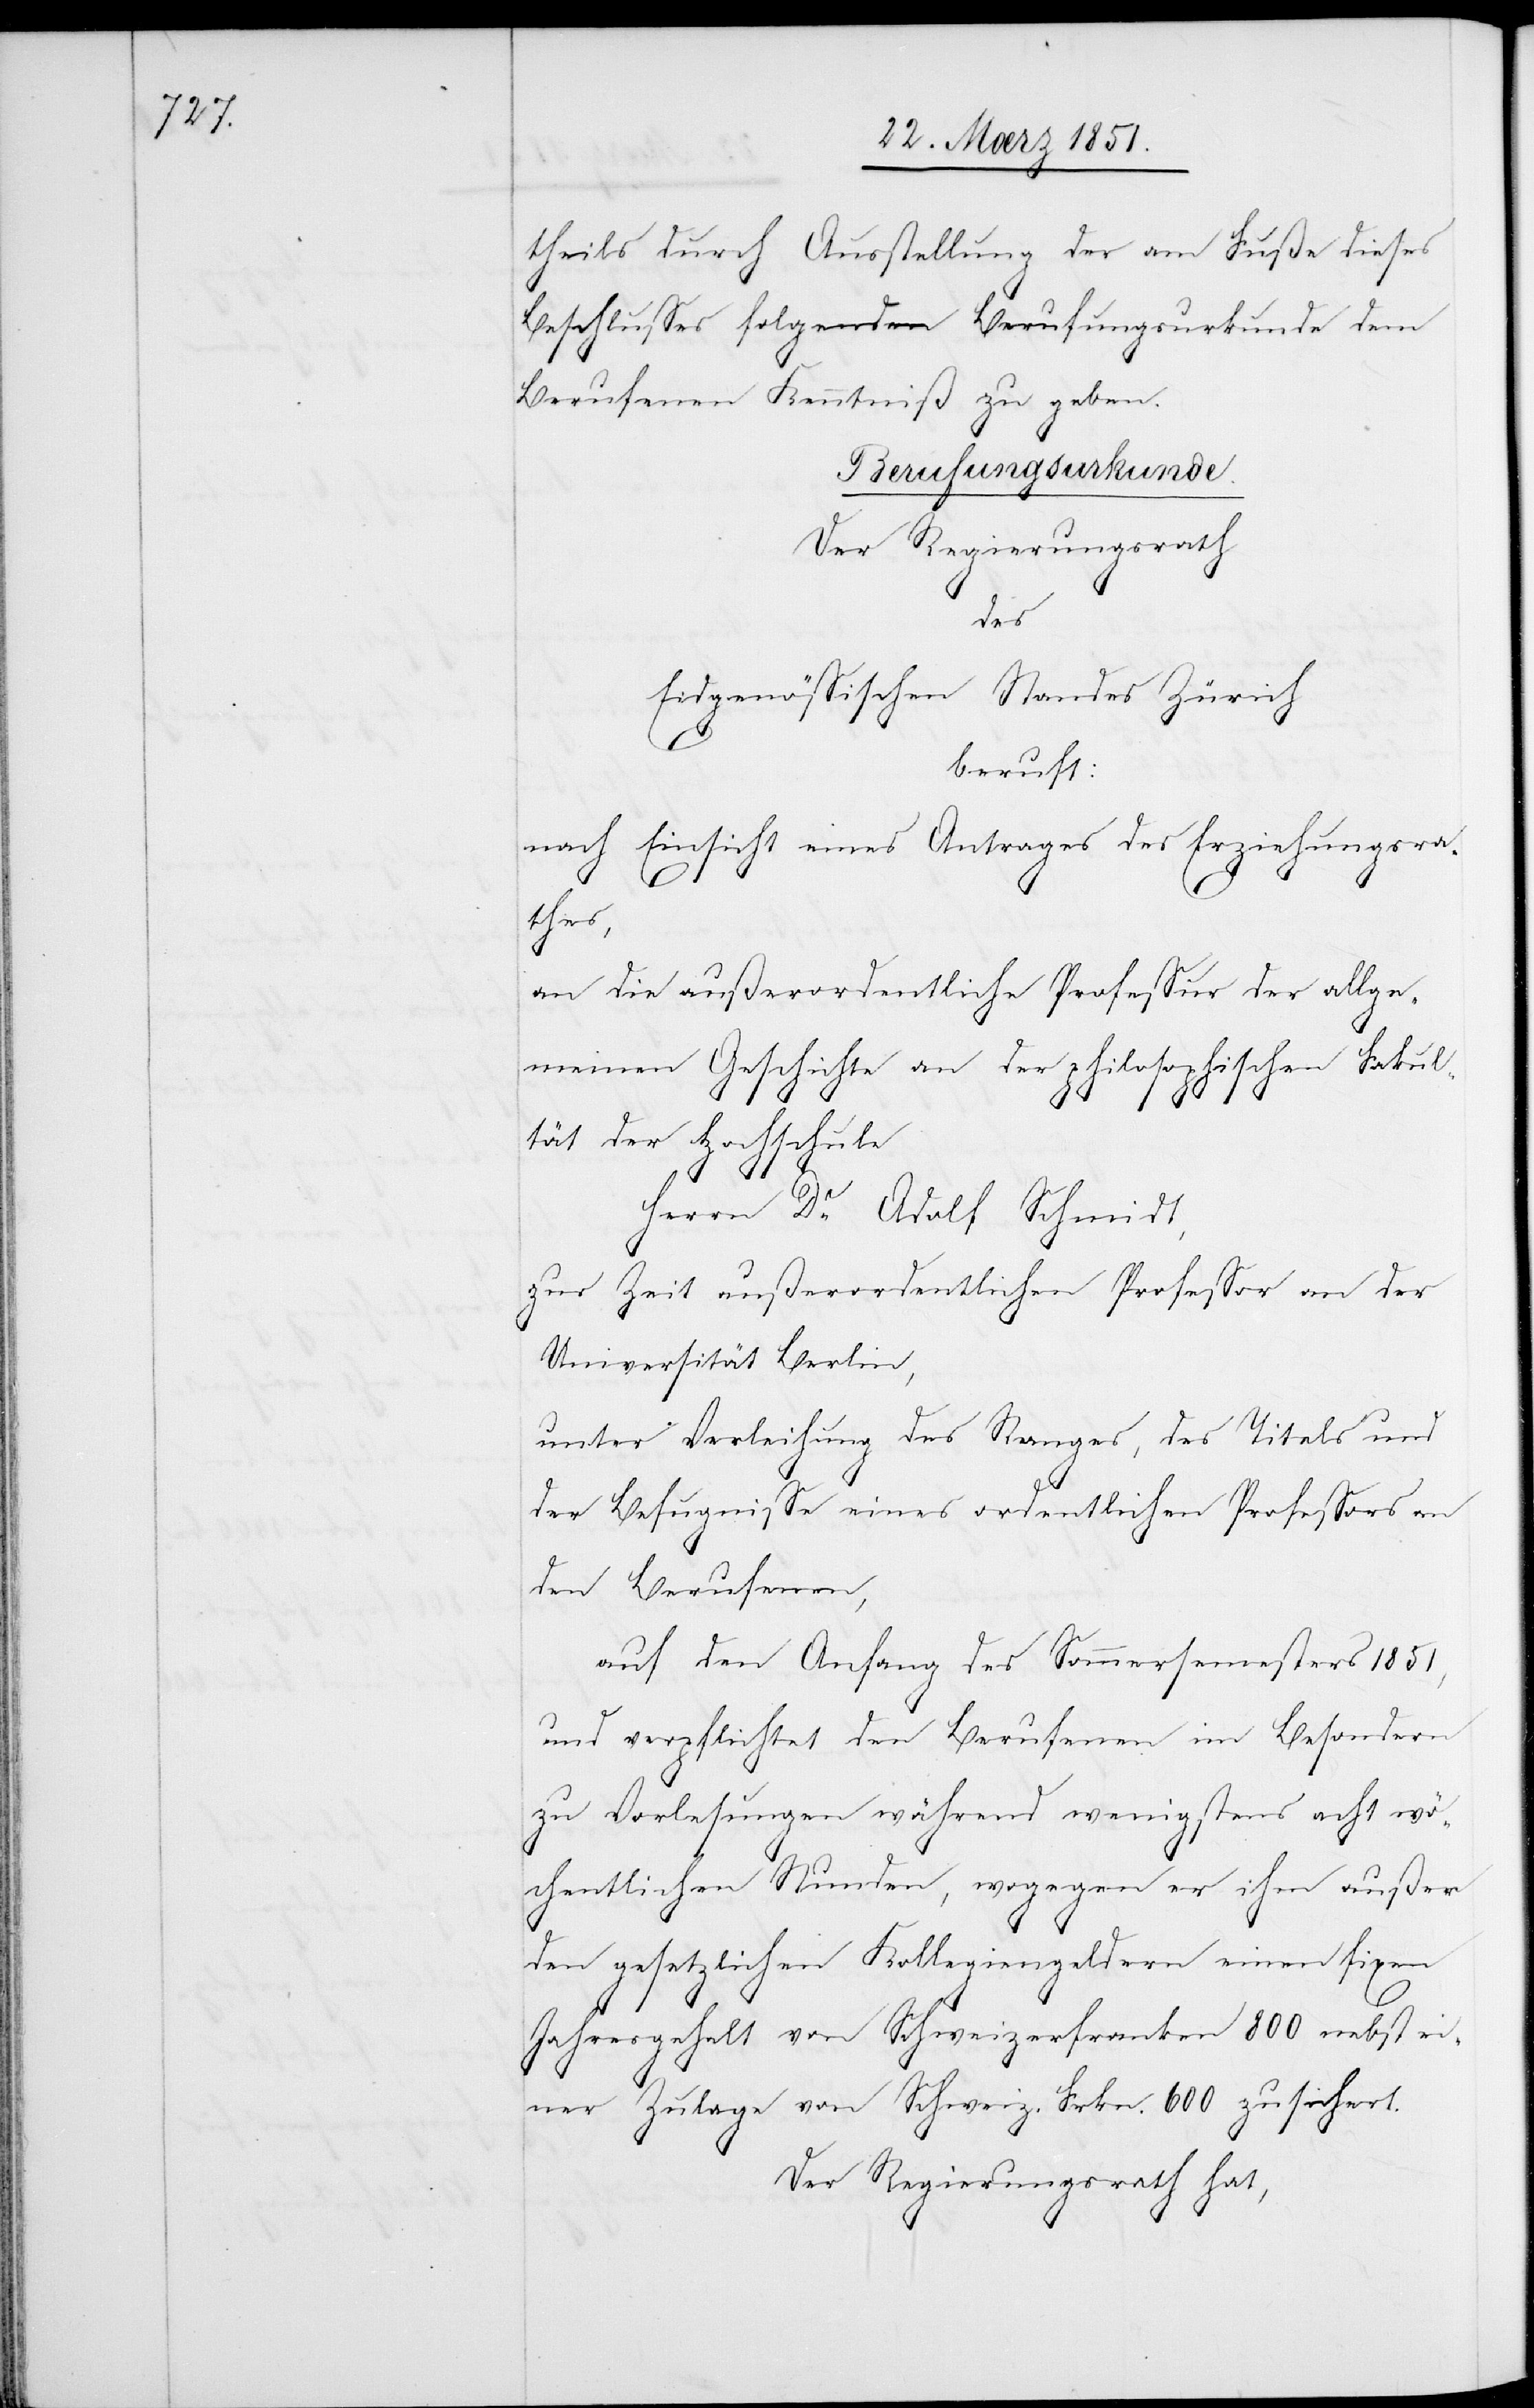
theils durch Ausstellung der am Fuße dieses
Beschlusses folgenden Berufungsurkunde dem
Berufenen Kenntniß zu geben.
Berufungsurkunde.
Der Regierungsrath
des
Eidgenössischen Standes Zürich
beruft:
nach Einsicht eines Antrages des Erziehungsra¬
thes,
an die außerordentliche Professur der allge¬
meinen Geschichte an der philosophischen Fakul¬
tät der Hochschule
Herrn Dr. Adolf Schmidt,
zur Zeit außerordentlichen [sic!] Professor an der
Universität Berlin,
unter Verleihung des Ranges, des Titels und
der Befugnisse eines ordentlichen Professors an
den Berufenen,
auf den Anfang des Sommersemesters 1851,
und verpflichtet den Berufenen im Besondern
zu Vorlesungen während wenigstens acht wö¬
chentlichen Stunden, wogegen er ihm außer
den gesetzlichen Kollegiengeldern einen fixen
Jahresgehalt von Schweizerfranken 800 nebst ei¬
ner Zulage von Schweiz. Frkn. 600 zusichert.
Der Regierungsrath hat,